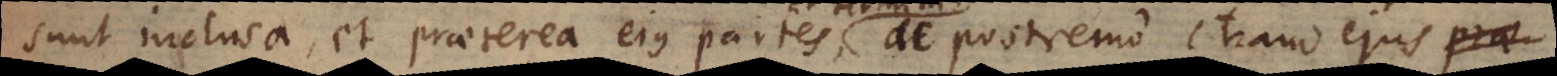
sunt inclusa, et praeterea ejus partes, ac postremo etiam ejus pra